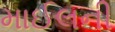
માઈલની